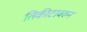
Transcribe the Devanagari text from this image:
तिकीटावरुन